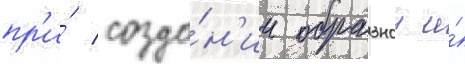
пр'и́ созда́н'ии образнои и́